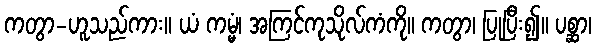
ကတွာ-ဟူသည်ကား။ ယံ ကမ္မံ၊ အကြင်ကုသိုလ်ကံကို။ ကတွာ၊ ပြုပြီး၍။ ပစ္ဆာ၊